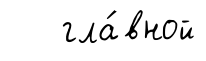
гла́вной